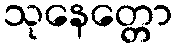
သုနေတ္တော